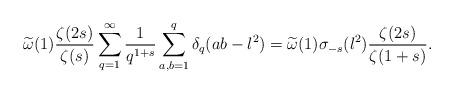
LaTeX: \begin{align*}\widetilde{\omega}(1)\frac{\zeta(2s)}{\zeta(s)}\sum_{q=1}^{\infty}\frac{1}{q^{1+s}}\sum_{a,b=1}^{q}\delta_q(ab-l^2)=\widetilde{\omega}(1)\sigma_{-s}(l^2)\frac{\zeta(2s)}{\zeta(1+s)}.\end{align*}